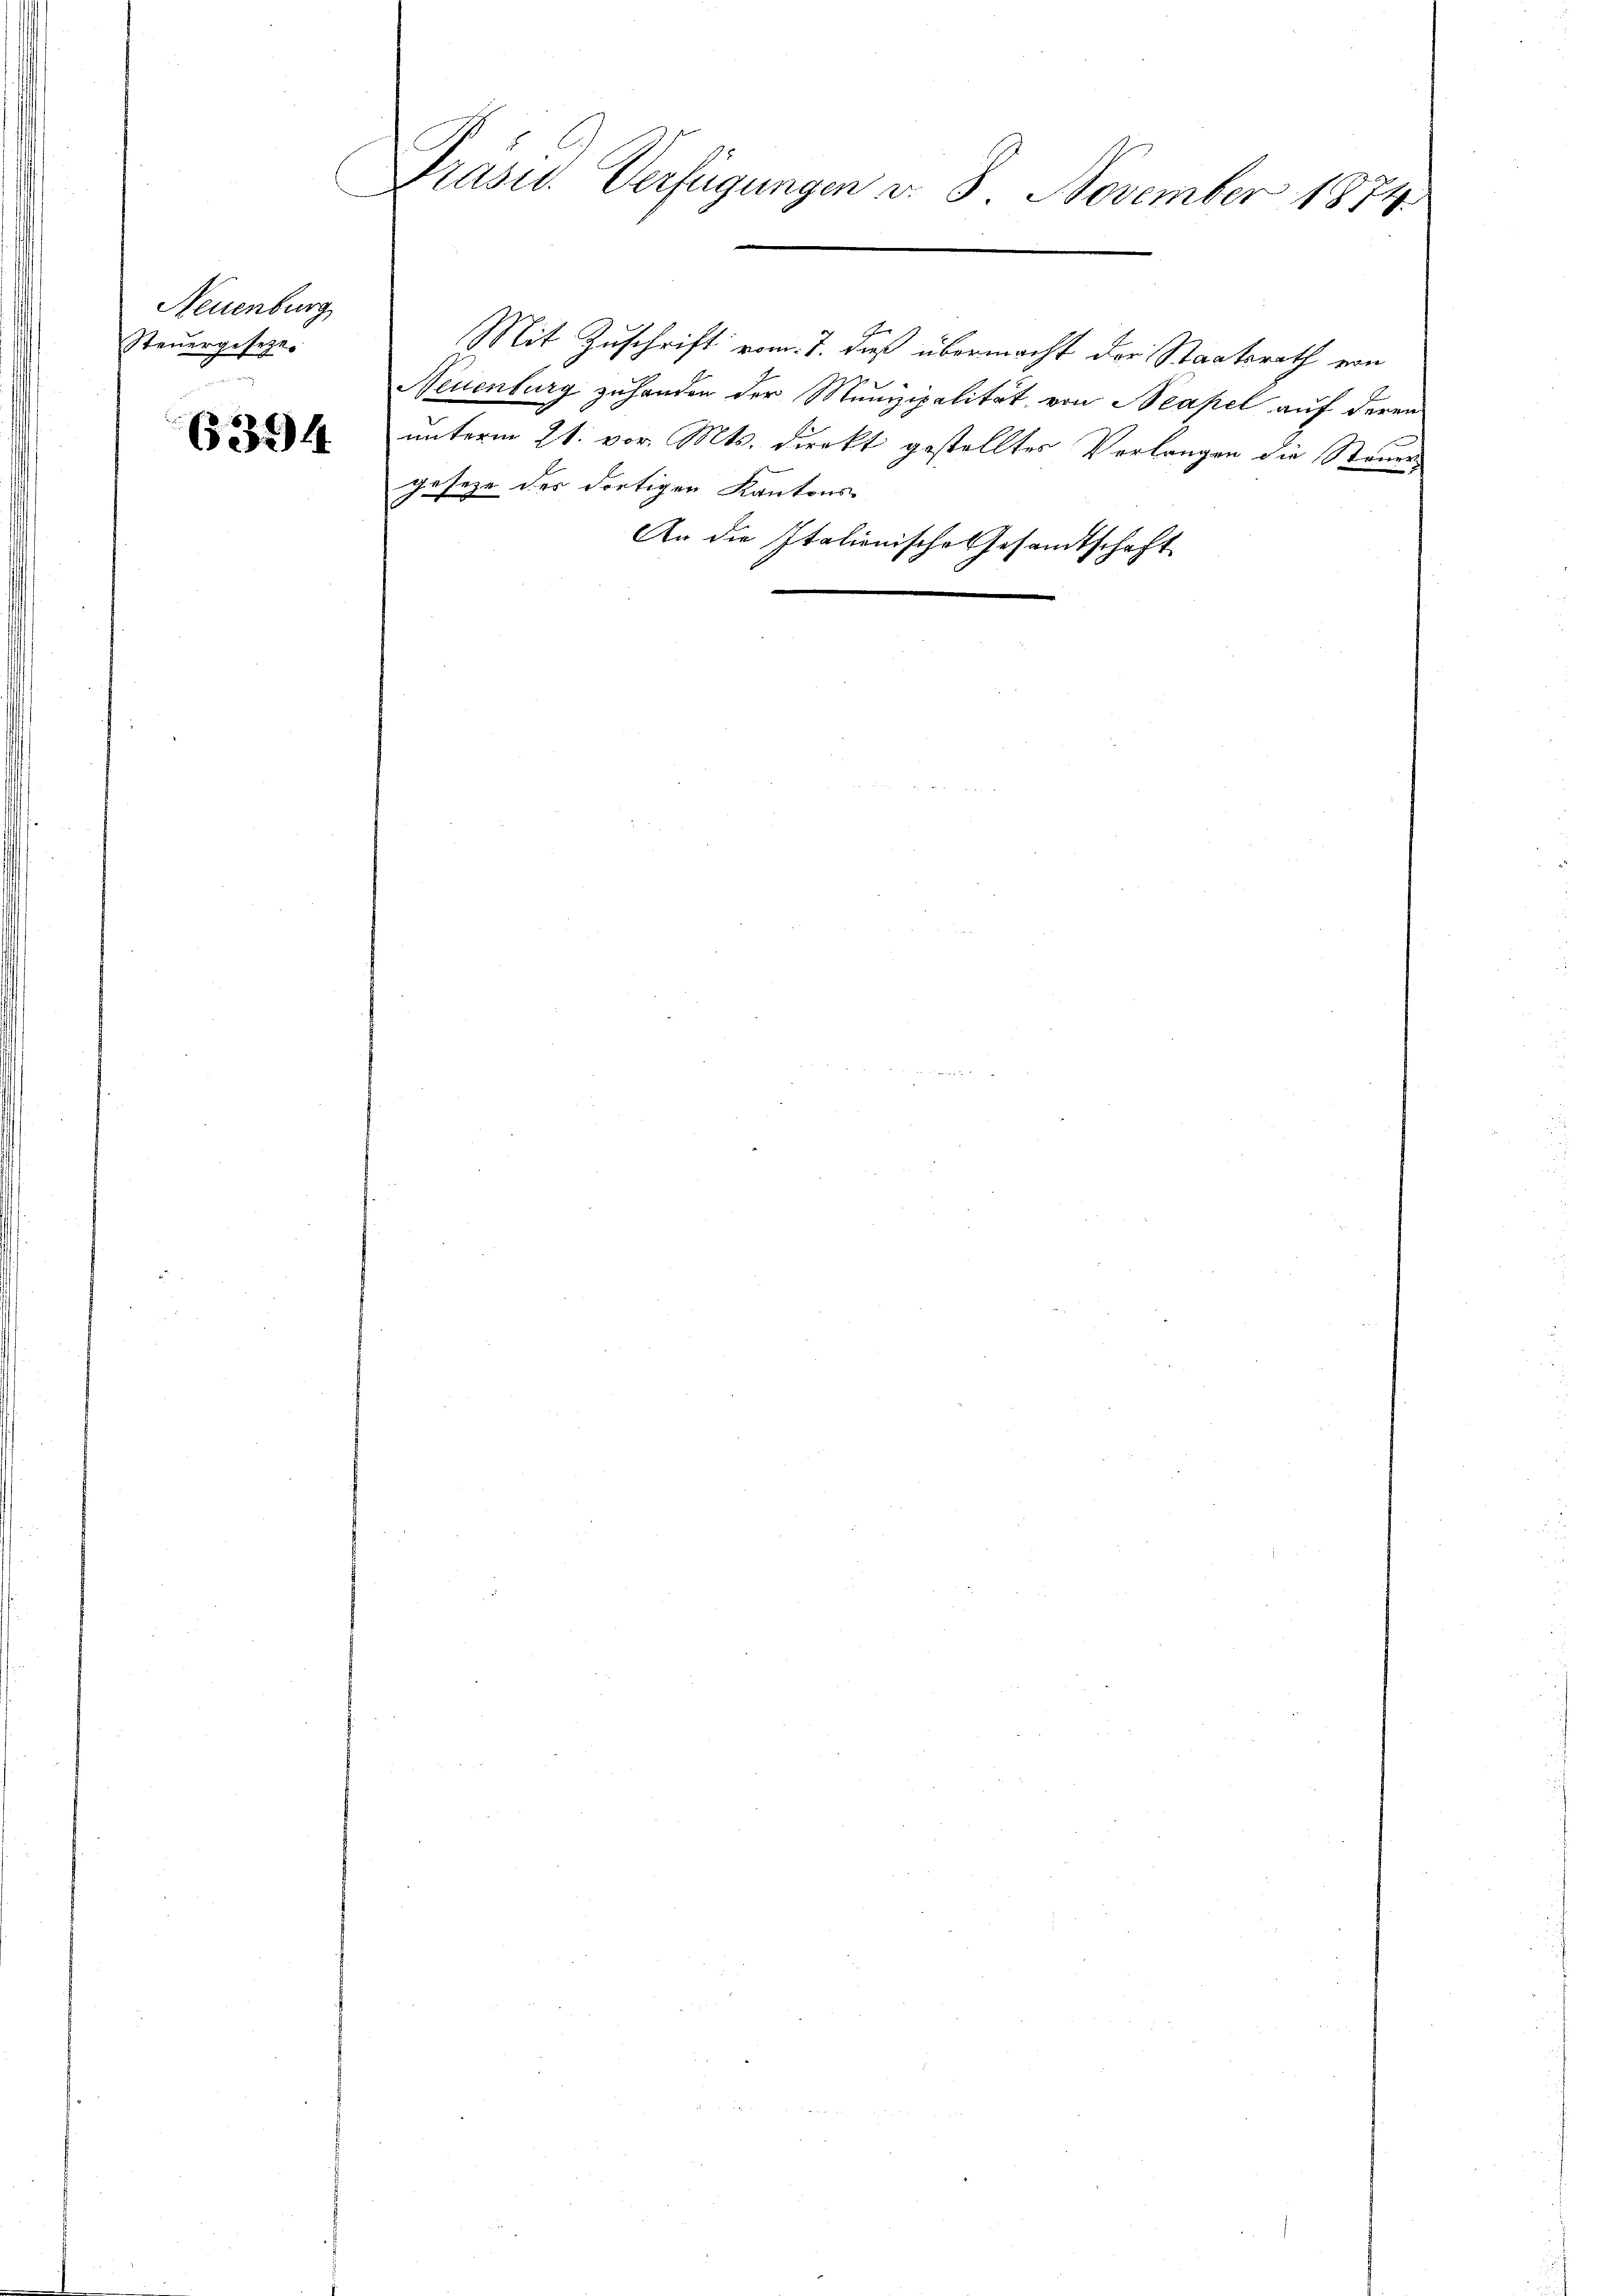
Neuenburg
Steuergesetze.

6394

Präses Verfügungen v. 8. November 1884

unterm 21. vor. Mts. direkt gestelltes Verlangen die Steuer
gesehe des dortigen Kantons¬
An die Italienische Gesandtschaft

Ger
Neuenburg zuhanden der Munizipalität von Neapel auf deren

Mit Zuschrift vom 7. daß übermacht der Staatsrath von